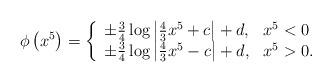
LaTeX: \begin{align*}\phi \left( x^5\right) =\left\{ \begin{array}{l l} \pm \frac{3}{4}\log\left|\frac{4}{3}x^5 + c \right| + d, & x^5 < 0\\ \pm \frac{3}{4}\log\left|\frac{4}{3}x^5 - c \right| + d, & x^5 >0 . \end{array} \right .\end{align*}